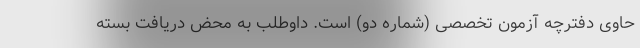
حاوی دفترچه آزمون تخصصی (شماره دو) است. داوطلب به محض دریافت بسته